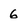
Character: 6